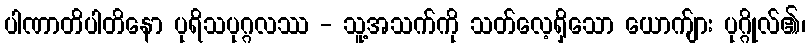
ပါဏာတိပါတိနော ပုရိသပုဂ္ဂလဿ - သူ့အသက်ကို သတ်လေ့ရှိသော ယောက်ျား ပုဂ္ဂိုလ်၏၊